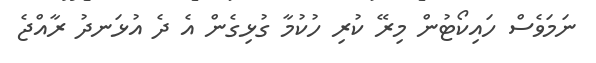
ނަމަވެސް ހައިކޯޓުން މިރޭ ކުރި ހުކުމާ ގުޅިގެން އެ ދެ އުޅަނދު ރާއްޖެ